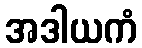
အဒါယကံ